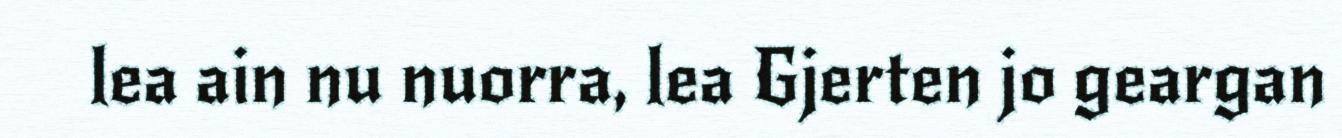
lea ain nu nuorra, lea Gjerten jo geargan